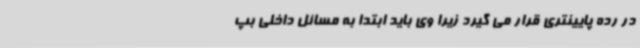
در رده پایینتری قرار می گیرد زیرا وی باید ابتدا به مسائل داخلی بپ